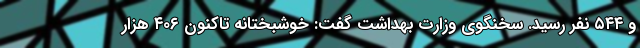
و ۵۴۴ نفر رسید. سخنگوی وزارت بهداشت‌ گفت: خوشبختانه تاکنون ۴۰۶ هزار